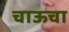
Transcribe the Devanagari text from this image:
चाऊचा